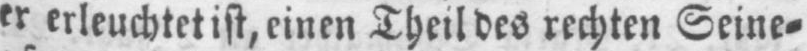
er erleuchtet ist, einen Theil des rechten Seine⸗